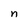
Character: n